Annual report on the working of the lock hospitals in the North-Western Provinces and Oudh
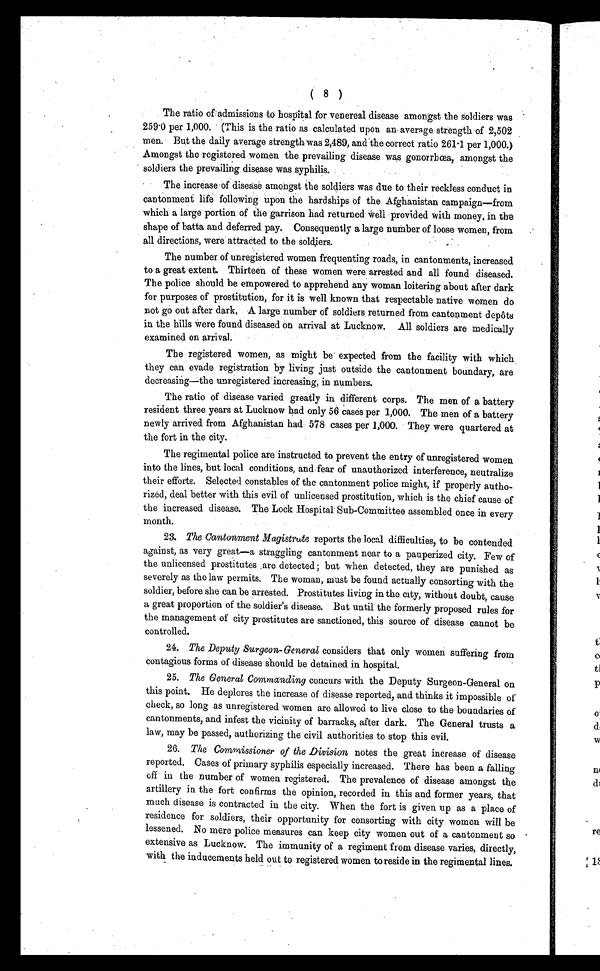
( 8 )
T h e r a t i o o f f a d m i s s i o n s t o h o s p i t a l f o r v e n e r e a l d i s e a s e a m o n g s t t h e s o l d i e r s w a s
259.0 per 1,000. (This is the ratio as calculated upon an average strength of 2,502
men. But the daily average strength was 2,489, and the correct ratio 261.1 per 1,000.)
Amongst the registered women the prevailing disease was gonorrbœa, amongst the
soldiers the prevailing disease was syphilis.
The increase of disease amongst the soldiers was due to their reckless conduct in
cantonment life following upon the hardships of the Afghanistan campaign—from
which a large portion of the garrison had returned well provided with money, in the
shape of batta and deferred pay. Consequently a large number of loose women, from
all directions, were attracted to the soldiers.
The number of unregistered women frequenting roads, in cantonments, increased
to a great extent. Thirteen of these women were arrested and all found diseased.
The police should be empowered to apprehend any woman loitering about after dark
for purposes of prostitution, for it is well known that respectable native women do
not go out after dark. A large number of soldiers returned from cantonment depôts
in the hills were found diseased on arrival at Lucknow. All soldiers are medically
examined on arrival.
The registered women, as might be expected from the facility with which
they can evade registration by living just outside the cantonment boundary, are
decreasing—the unregistered increasing, in numbers.
The ratio of disease varied greatly in different corps. The men of a battery
resident three years at Lucknow had only 56 cases per 1,000. The men of a battery
newly arrived from Afghanistan had 578 cases per 1,000. They were quartered at
the fort in the city.
The regimental police are instructed to prevent the entry of unregistered women
into the lines, but local conditions, and fear of unauthorized interference, neutralize
their efforts. Selected constables of the cantonment police might, if properly autho-
rized, deal better with this evil of unlicensed prostitution, which is the chief cause of
the increased disease. The Lock Hospital Sub-Committee assembled once in every
month.
23. The Cantonment Magistrate reports the local difficulties, to be contended
against, as very great—a straggling cantonment near to a pauperized city. Few of
the unlicensed prostitutes are detected ; but when detected, they are punished as
severely as the law permits. The woman, must be found actually consorting with the
soldier, before she can be arrested. Prostitutes living in the city, without doubt, cause
a great proportion of the soldier's disease. But until the formerly proposed rules for
the management of city prostitutes are sanctioned, this source of disease cannot be
controlled.
24. The Deputy Surgeon-General considers that only women suffering from
contagious forms of disease Should be detained in hospital.
25.The General Commanding concurs with the Deputy Surgeon-General on
this point. He deplores the increase of disease reported, and thinks it impossible of
check, so long as unregistered women are allowed to live close to the boundaries of
cantonments, and infest the vicinity of barracks, after dark. The General trusts a
law, may be passed, authorizing the civil authorities to stop this evil.
26.The Commissioner of the Division notes the great increase of disease
reported, Cases of primary syphilis especially increased. There has been a falling
off in the number of women registered. The prevalence of disease amongst the
artillery in the fort confirms the opinion, recorded in this and former years, that
much disease is contracted in the city. When the fort is given up as a place of
residence for soldiers, their opportunity for consorting with city women will be
lessened. No mere police measures can keep city women out of a cantonment so
extensive as Lucknow. The immunity of a regiment from disease varies, directly,
with the inducements held out to registered women to reside in the regimental lines.